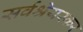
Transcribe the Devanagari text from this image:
सर्वश्रेयस्कर